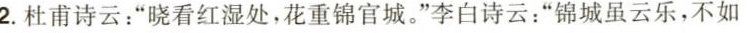
2.杜甫诗云：”晓看红湿处，花重锦官城。”李白诗云：”锦城虽云乐，不如